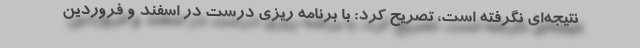
نتیجه‌ای نگرفته است، تصریح کرد: با برنامه ریزی درست در اسفند و فروردین